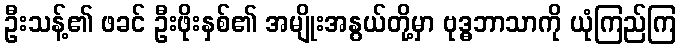
ဦးသန့်၏ ဖခင် ဦးဖိုးနှစ်၏ အမျိုးအနွယ်တို့မှာ ဗုဒ္ဓဘာသာကို ယုံကြည်ကြ